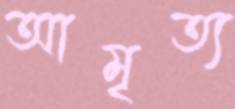
আমৃত্য